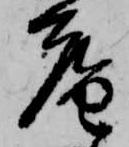
庵